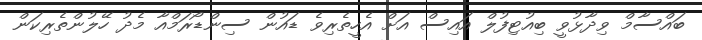
ބައްސާމް ވިދާޅުވީ ބިއުޓިފުލް އައިސް އަށް އެހީތެރިވެ ޑައުން ސިންޑޯރަމްއާ މެދު ހޭލުންތެރިކަން